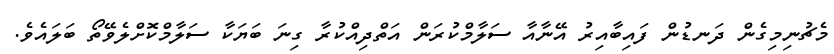
މެޗުނިމިގެން ދަނޑުން ފައިބާއިރު އޭނާއާ ސަލާމްކުރަން އަތްދިއްކުރާ ގިނަ ބަޔަކާ ސަލާމްކޮށްލެވޭތޯ ބަލައެވެ.